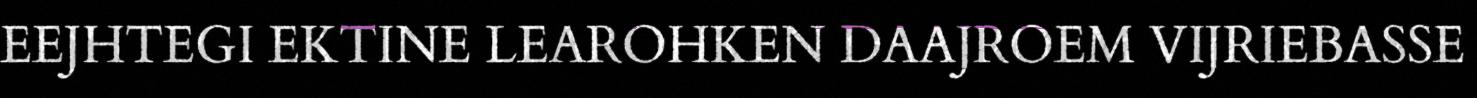
EEJHTEGI EKTINE LEAROHKEN DAAJROEM VIJRIEBASSE